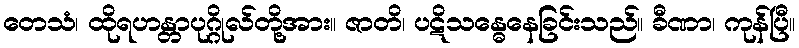
တေသံ၊ ထိုရဟန္တာပုဂ္ဂိုလ်တို့အား။ ဇာတိ၊ ပဋိသန္ဓေနေခြင်းသည်။ ခီဏာ၊ ကုန်ပြီ။